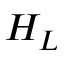
H _ { L }